Vaike-Kullamaa_(Vaikna)_vallavalitsus, lk 25
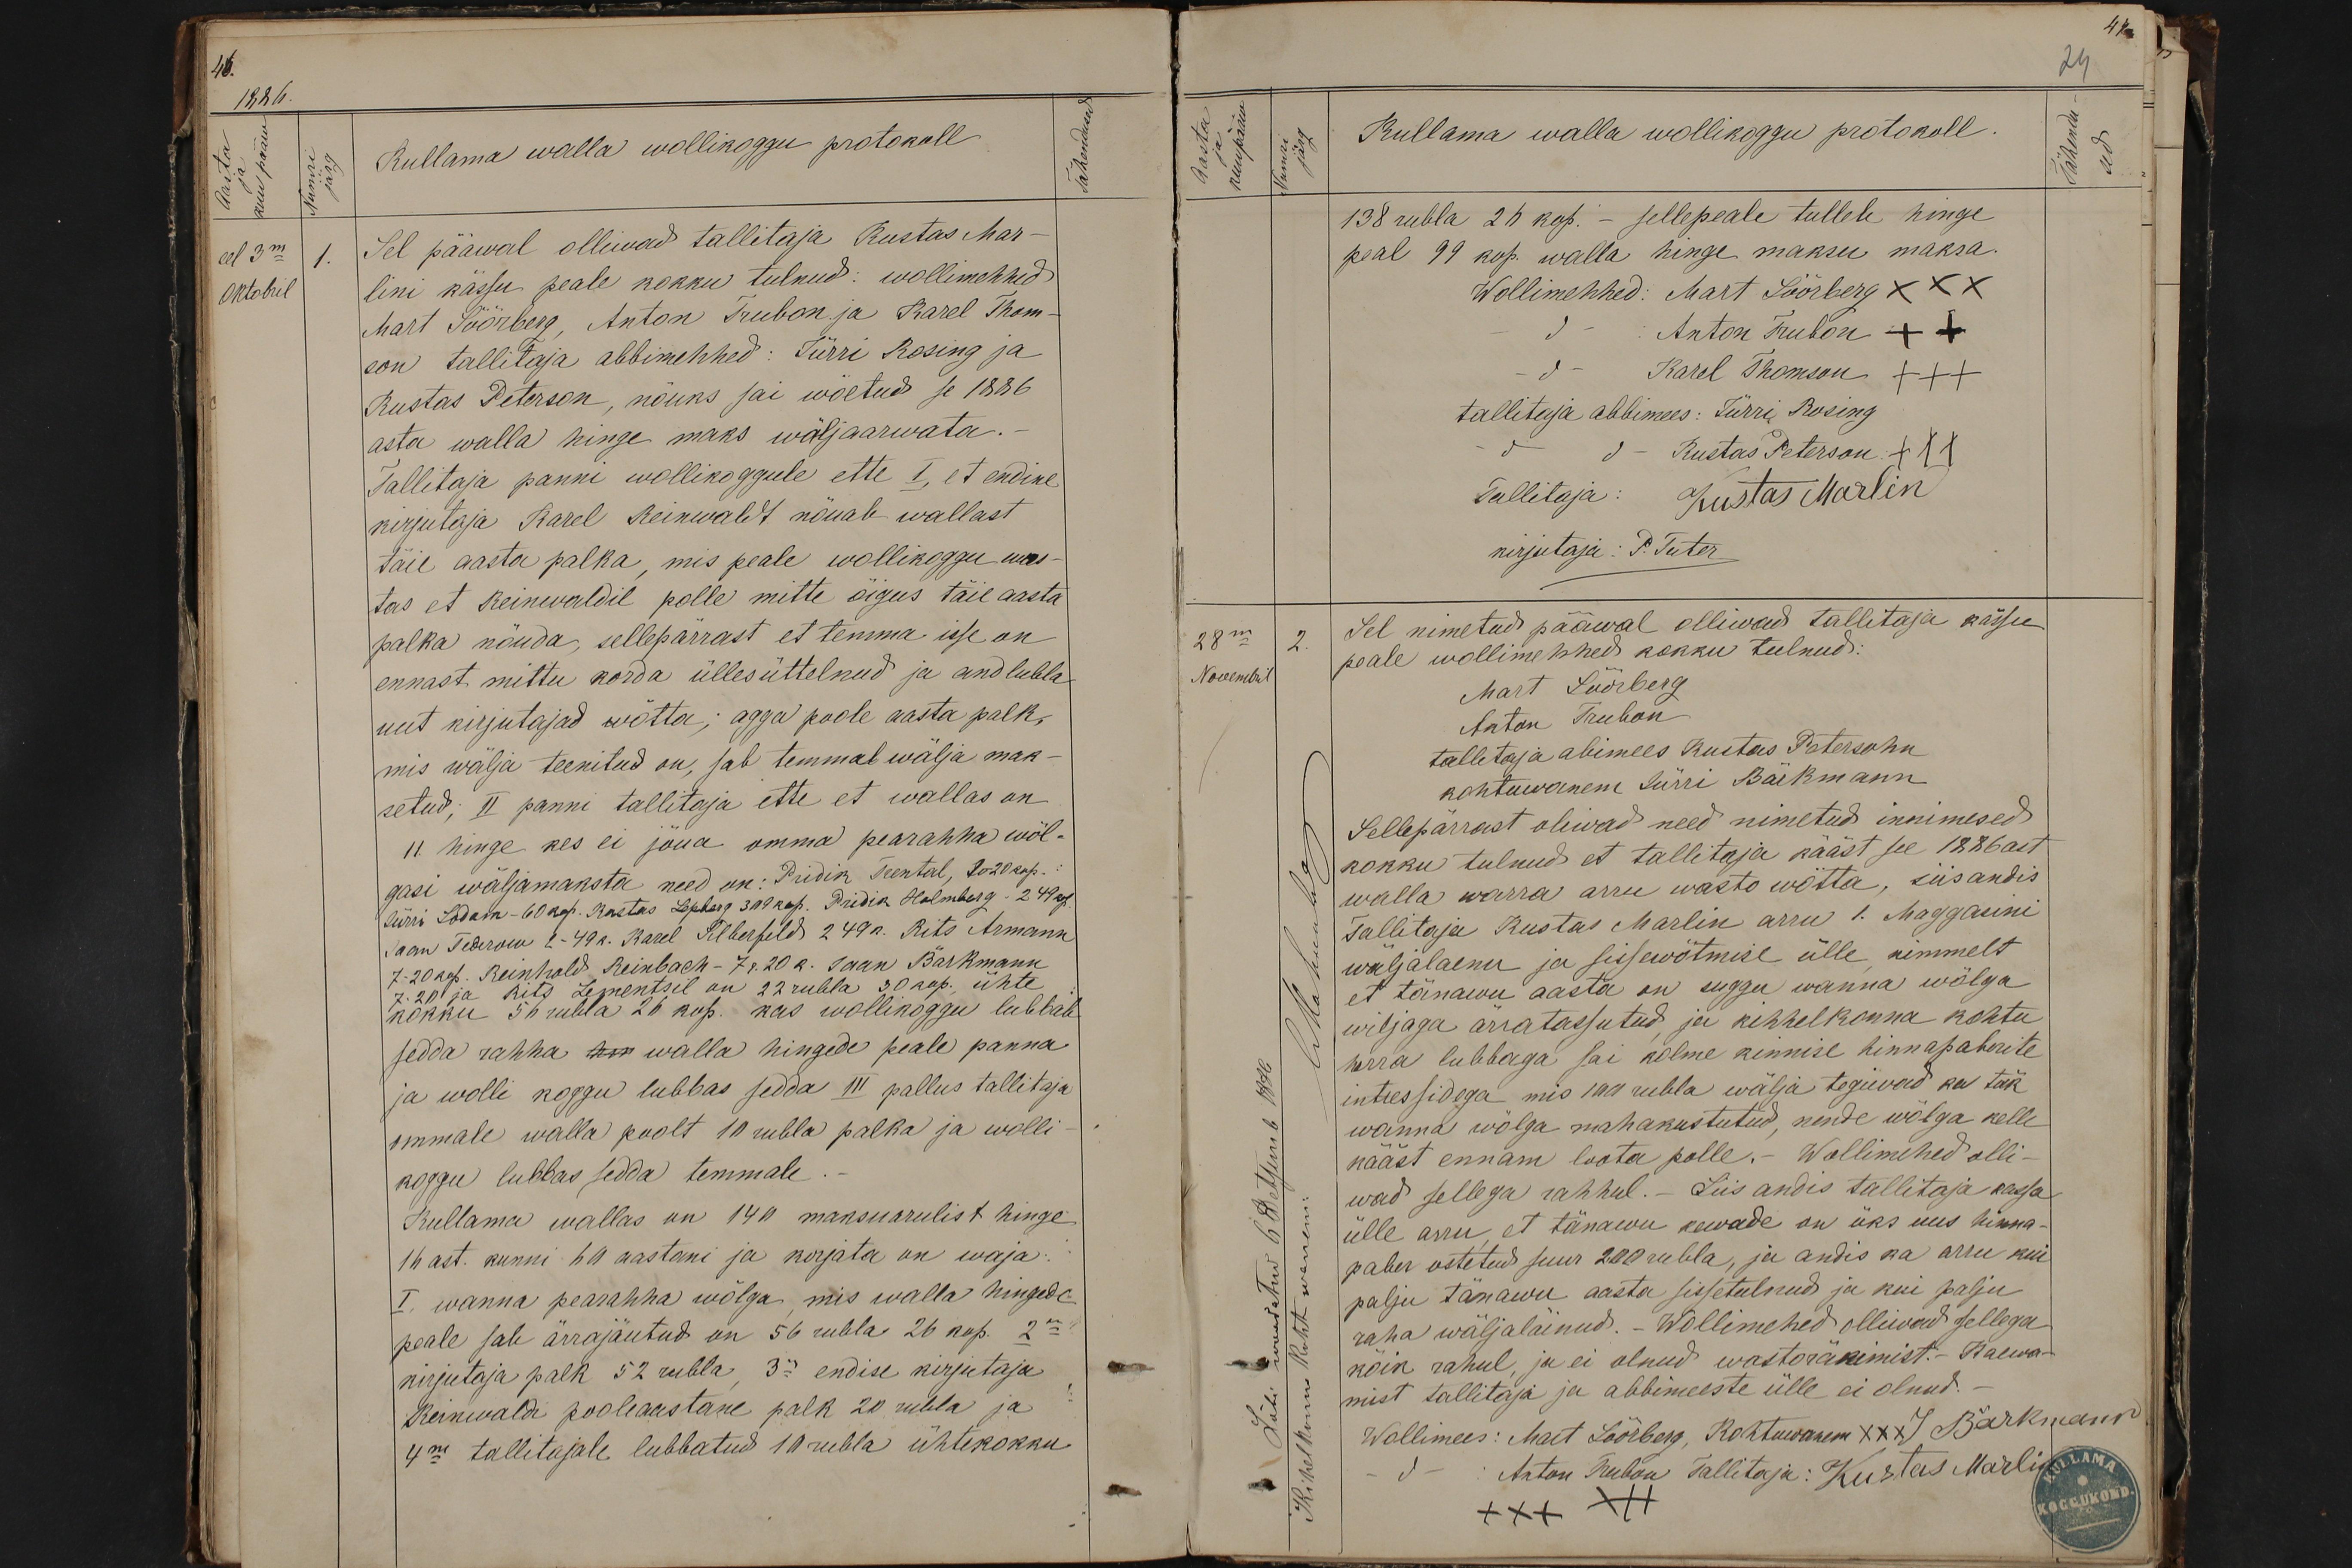
1886.
Kullama walla wollikoggu protokoll
eel 3m
1.
Sel pääwal olliwad tallitaja Kustas Mar-
Oktobril
lini kässu peale kokku tulnud: wollimehhed
Mart Pöörberg, Anton Truban ja Karel Thom-
son tallitaja abbimehhed: Jürri Rosing ja
Kustas Peterson, nöuks sai wõetud se 1886
asta walla hinge maks wäljaarwata.-
Tallitaja panni wollikoggule ette I, et endine
kirjutaja Karel Reinwaldt nöuab wallast
täie aasta palka, mis peale wollikogu vas-
tas et Reinwaldil polle mitte öigus täie aasta
palka nõuda, sellepärrast et temma isse on
ennast mittu korda üllesüttelnud ja and lubla
uut kirjutajad wötta; agga poole aasta palk,
mis wälja teenitud on, jab temmal wälja mak-
setud; II panni tallitaja ette et wallas on
11. hinge kes ei jõua omma pearahha wöl-
gasi wäljamaksta need on: Priidik Teental, 7r20 kop.
Jürri Sodam-60 kop. Kustas. Lepberg 309 kop. Priidik Holmberg - 2 49 k.
Jaan Tedernu 2-49k. Karel Silberfeld 2 49k. Rits Armann
7-20 kr. Reinhold Reinbach - 7 r. 20 p. saan Bärkmann
7.20 ja Rits Lementsil on 22 rubla 30 kop. ühte
kokku 56 rubla 26 kop. kas wollikogu lubbab
sedda rahha terv walla hingede peale panna
ja wolli koggu lubbas sedda III pallus tallitaja
ommale walla poolt 10 rubla palka ja wolli-
koggu lubbas sedda temmale.
Kullama wallas on 140 maksuarulist hinge
16 ast. kunni 69 aastani ja korjata on waja-
I wanna pearahha wölga mis walla hingede
peale sab ärrajäutud on 56 rubla 26 kop. 2m
kirjutaja palk 52 rubla, 3m endise kirjutaja
Reinwaldi pooleaastane palk 20 rubla ja
4m tallitajale lubbatud 10 rubla ühtekokku

24
Kullama walla wollikogku protokoll
138 rubla 26 kop. - sellepeale tulleb hinge
peal 99 kop. walla hinge maksu maksa.
Wollimehhed: Mart Söörberg XXX
d - Anton Trubon +++
d - Karel Thomson XXX
tallitaja abbimees: Jürri Rosing
d - Kustas Peterson xxx
Tallitaja: Kustas Marlin
kirjutaja: P. Tuter
28m
2
Sel nimetud pääwal olliwad tallitaja kässu
peale wollimehhed kokku tulnud:
Novembril
Mart Söörberg
Anton Trubon
tallitaja abimees Kustas Petersohn
kohtuwanem Jürri Bäckmann
Sellepärrast oliwad need nimetud innimesed
kokku tulnud et tallitaja kääst see 1886ast
walla warra arru wasto wötta, siis andis-
Tallitaja Kustas Marlin arru 1. Maggasini
wäljalaenu ja sissewötmise ülle nimmelt
et tänawu aasta on suggu wanna wölga
wiljaga ärratassutud ja kihhelkonna kohtu
korra lubbaga sai kolme kinnise hinnapaberite
intessidega mis 100 rubla wälja tegiwad ka tük
wanna wõlga mahakustutud, nende wölga kelle
kääst ennam loota polle. Wollimehed olli-
wad sellega rahhul. - Siis andis tallitaja kassa
ülle arru, et tänawu kewade on üks uus hinna-
pabur ostetud suur 200 rubla, ja andis ka arru kui
palju tänawu aasta sissetulnud ja kui palju
raha wäljaläinud. Wollimehed olliwad sellega
köik rahul, ja ei olnud wastoräkimist. Kaewa-
mist tallitaja ja abbimeeste ülle ei olnud.
Wollimees: Mart Söörberg, Kohtuvanem XXX J Bärkmann
Anton Trubon Tallitaja: Kustas Marlin
XXX XXX